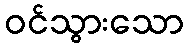
ဝင်သွားသော